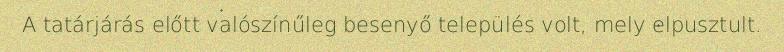
A tatárjárás előtt valószínűleg besenyő település volt, mely elpusztult.